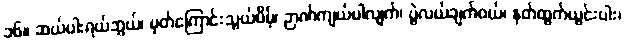
၁၆။ ဆယ်ပါးရယ်ဘွယ်၊ မှတ်ကြောင်းသွယ်ပိမ့်၊ ဉာဏ်ကျယ်ပါလျက်၊ ပွဲလယ်ချက်ဝယ်၊ နုတ်ထွက်ယွင်းပါး၊